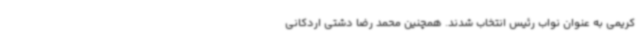
کریمی به عنوان نواب رئیس انتخاب شدند. همچنین محمد رضا دشتی اردکانی